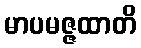
မာပမဇ္ဇထာတိ